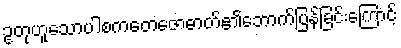
ဥတုဟူသောပါစကတေဇောဓာတ်၏ဘောက်ပြန်ခြင်းကြောင့်